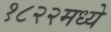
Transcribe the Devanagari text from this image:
१८२२मध्ये